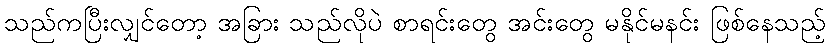
သည်ကပြီးလျှင်တော့ အခြား သည်လိုပဲ စာရင်းတွေ အင်းတွေ မနိုင်မနင်း ဖြစ်နေသည့်